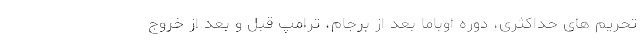
تحریم های حداکثری، دوره اوباما بعد از برجام، ترامپ قبل و بعد از خروج